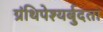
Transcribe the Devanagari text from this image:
ग्रंथिपेश्यर्बुदता